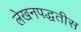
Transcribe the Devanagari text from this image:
लेखनपद्धतीस